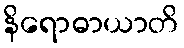
နိရောဓာယာတိ